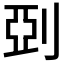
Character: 𠜲